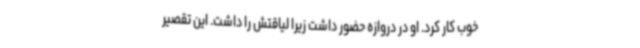
خوب کار کرد. او در دروازه حضور داشت زیرا لیاقتش را داشت. این تقصیر